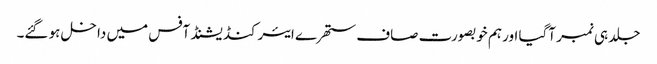
جلد ہی نمبر آگیا اور ہم خوبصورت صاف ستھرے ایئرکنڈیشنڈ آفس میں داخل ہو گئے۔